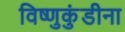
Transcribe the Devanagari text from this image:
विष्णुकुंडीना